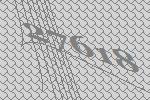
27618